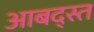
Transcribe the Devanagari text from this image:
आबद्स्त